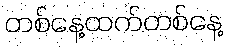
တစ်နေ့ထက်တစ်နေ့